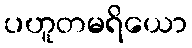
ပဟူတမရိယော